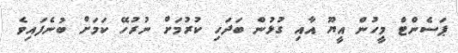
ޕަސެންޓް މީހުން އީޔޫ އާއި ގުޅުން ބަދަހި ކުރުމަށް ނުރުހޭ ކަމަށް ބުނެފައިވެ